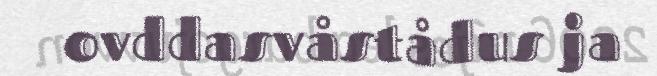
ovddasvåstådus ja